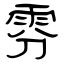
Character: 雰